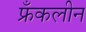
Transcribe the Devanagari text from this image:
फ्रँकलीन